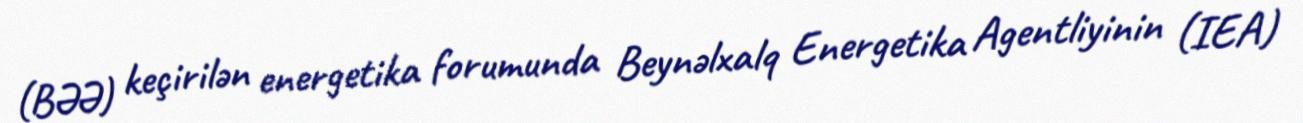
(BƏƏ) keçirilən energetika forumunda Beynəlxalq Energetika Agentliyinin (IEA)